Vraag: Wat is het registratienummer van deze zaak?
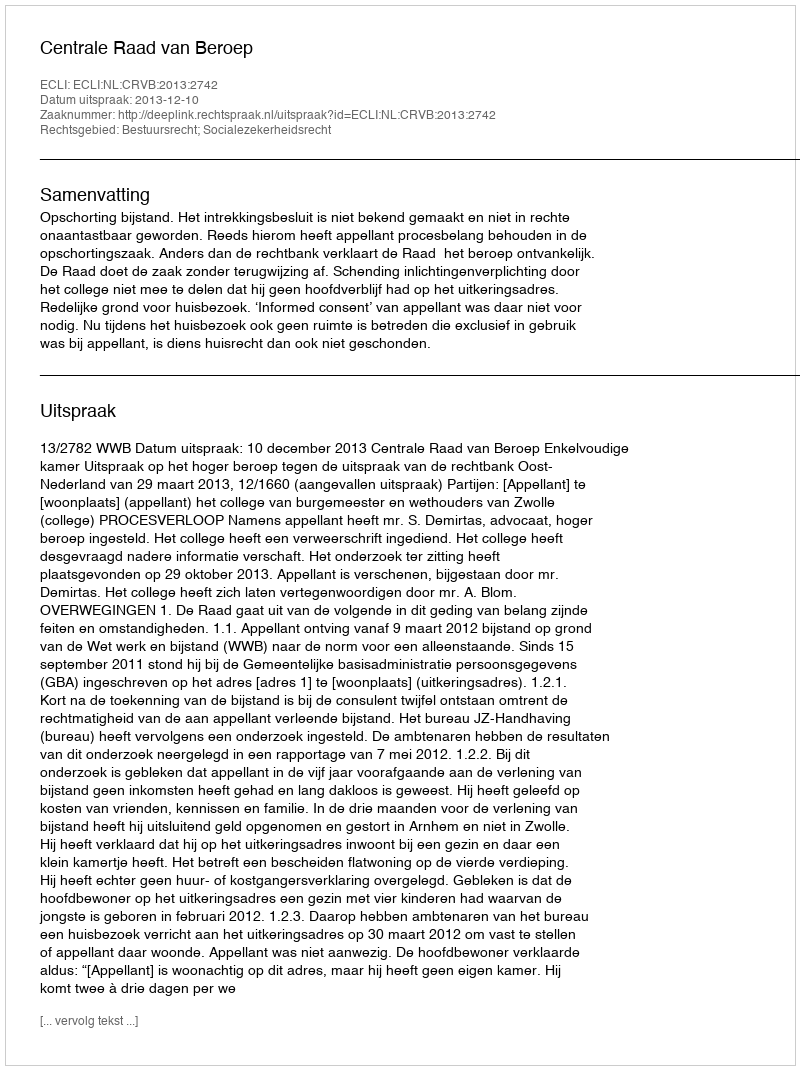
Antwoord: http://deeplink.rechtspraak.nl/uitspraak?id=ECLI:NL:CRVB:2013:2742